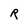
Character: R